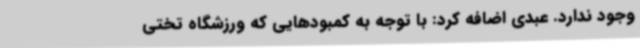
وجود ندارد. عبدی اضافه کرد: با توجه به کمبودهایی که ورزشگاه تختی